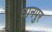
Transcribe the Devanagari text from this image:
घानपुर